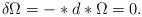
LaTeX: \begin{align*}\delta \Omega=-\ast d \ast \Omega=0.\end{align*}